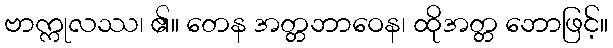
ဗာက္ကုလဿ၊ ၏။ တေန အတ္တဘာဝေန၊ ထိုအတ္တ ဘောဖြင့်။